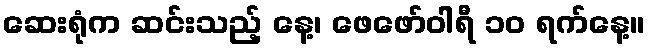
ဆေးရုံက ဆင်းသည့် နေ့၊ ဖေဖော်ဝါရီ ၁၀ ရက်နေ့။